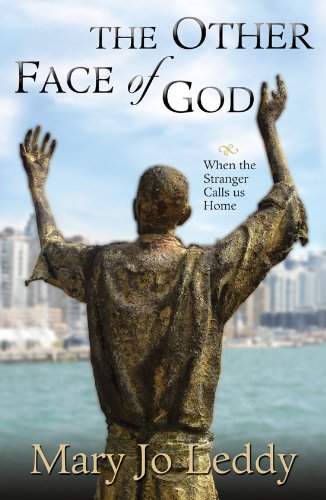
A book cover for The Other Face of God: When the Stranger Calls Us Home; Mary Jo Leddy; Biographies & Memoirs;